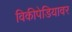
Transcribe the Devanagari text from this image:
विकीपेडियावर